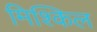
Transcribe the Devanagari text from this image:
मिश्किल